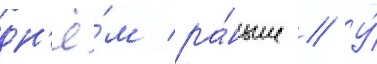
дн'ё́м ра́ньше // У́